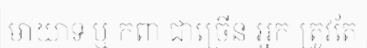
មាយាទ ឬ កពា ជាច្រើន អ្នក ត្រូវតែ